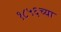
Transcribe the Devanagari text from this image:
१८५६च्या